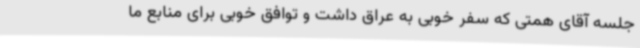
جلسه آقای همتی که سفر خوبی به عراق داشت و توافق خوبی برای منابع ما